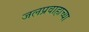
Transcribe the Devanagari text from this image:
जलप्रवाहाच्या